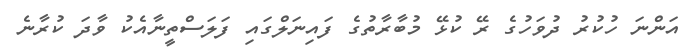
އަންނަ ހުކުރު ދުވަހުގެ ރޭ ކުޅޭ މުބާރާތުގެ ފައިނަލްގައި ފަލަސްތީނާއެކު ވާދަ ކުރާނެ